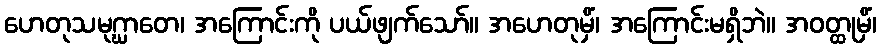
ဟေတုသမုဂ္ဃာတေ၊ အကြောင်းကို ပယ်ဖျက်သော်။ အဟေတုမှိံ၊ အကြောင်းမရှိဘဲ။ အဝတ္ထုမှိံ၊